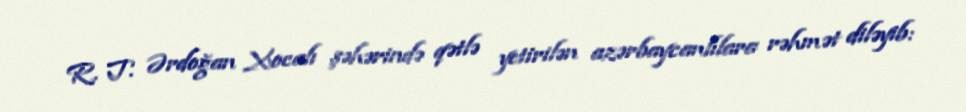
R. T. Ərdoğan Xocalı şəhərində qətlə yetirilən azərbaycanlılara rəhmət diləyib: